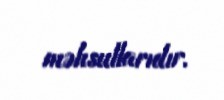
məhsullarıdır.